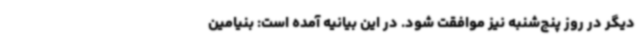
دیگر در روز پنج‌شنبه نیز موافقت شود. در این بیانیه آمده است: بنیامین